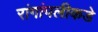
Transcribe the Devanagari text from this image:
रांगांपलीकडे